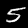
Digit: 5